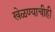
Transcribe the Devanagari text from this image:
खेळण्याचीही